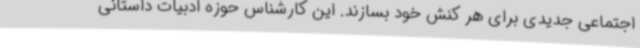
اجتماعی جدیدی برای هر کنش خود بسازند. این کارشناس حوزه ادبیات داستانی